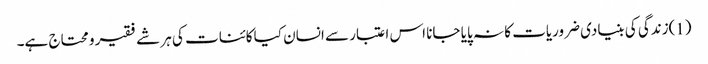
(1)زندگی کی بنیادی ضروریات کا نہ پایا جانا اس اعتبار سے انسان کیا کائنات کی ہر شے فقیر و محتاج ہے۔